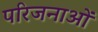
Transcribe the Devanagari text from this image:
परिजनाओं